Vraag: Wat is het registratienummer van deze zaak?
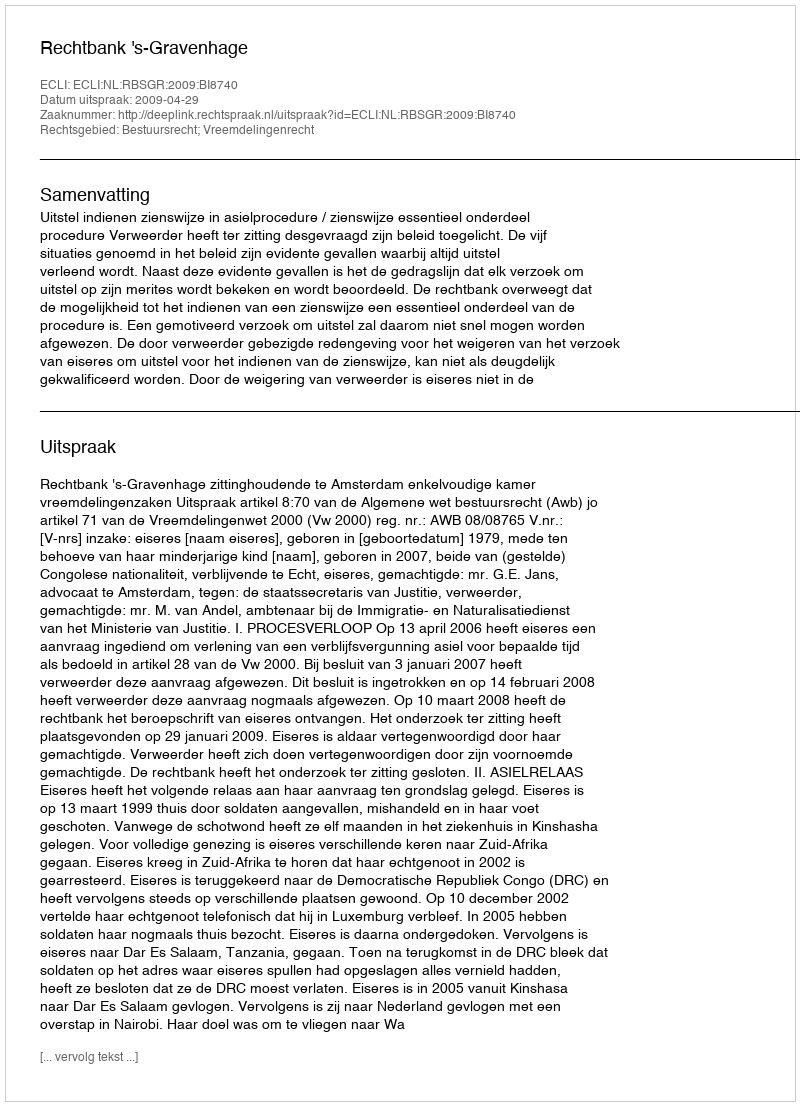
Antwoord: http://deeplink.rechtspraak.nl/uitspraak?id=ECLI:NL:RBSGR:2009:BI8740